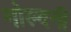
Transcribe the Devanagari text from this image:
गोल्दनी